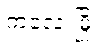
ကလေးမြို့